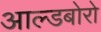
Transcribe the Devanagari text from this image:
आल्डबोरो